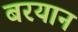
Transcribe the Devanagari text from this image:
बरयान